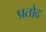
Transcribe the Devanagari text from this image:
प्रतोद